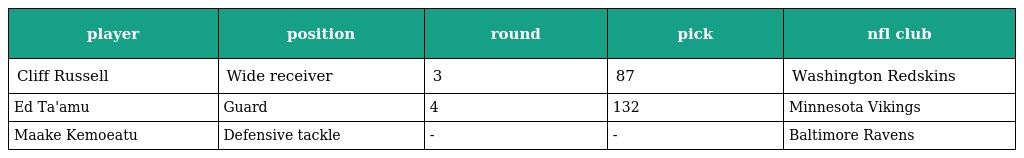
| player | position | round | pick | nfl club |
 | --- | --- | --- | --- | --- |
 | Cliff Russell | Wide receiver | 3 | 87 | Washington Redskins |
 | Ed Ta'amu | Guard | 4 | 132 | Minnesota Vikings |
 | Maake Kemoeatu | Defensive tackle | - | - | Baltimore Ravens |